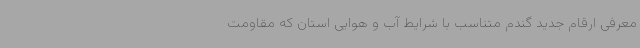
معرفی ارقام جدید گندم متناسب با شرایط آب و هوایی استان که مقاومت